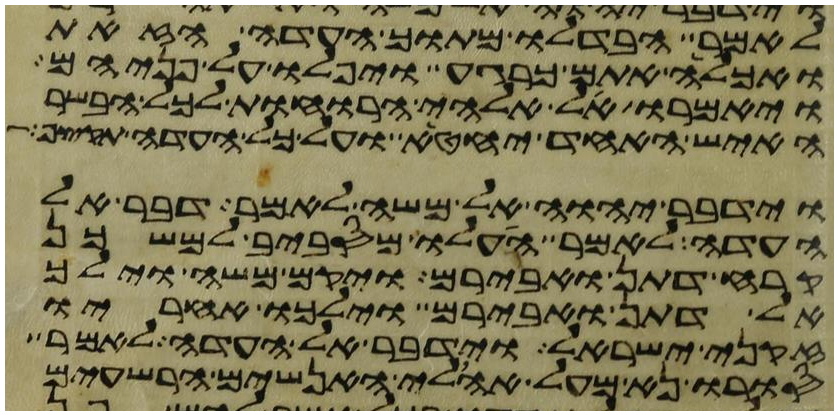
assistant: לאמר הבדלו מתוך העדה הזאת
ואכלה אתם כרגע ויפלו על פניהם
ויאמרו אל אלהי הרוחות לכל הבשר
האיש האחד יחטא ועל כל העדה תקצף
וידבר יהוה אל משה לאמר דבר אל
העדה לאמר העלו מסביב למשכן
קרח דתן ואבירם ויקם משה וילך
אל דתן ואבירם וילכו אחריו
זקני ישראל וידבר אל העדה לאמר
סורו נא מעל אהלי האנשים הרשעים